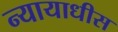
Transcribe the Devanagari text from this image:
न्यायाधीस